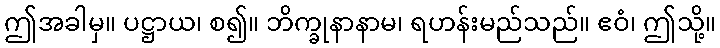
ဤအခါမှ။ ပဋ္ဌာယ၊ စ၍။ ဘိက္ခုနာနာမ၊ ရဟန်းမည်သည်။ ဧဝံ၊ ဤသို့။